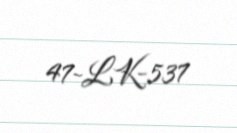
47-LK-537